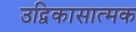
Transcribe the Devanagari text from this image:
उद्विकासात्मक